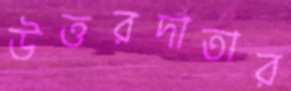
উত্তরদাতার